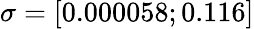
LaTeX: \sigma=[0.000058;0.116]